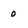
Character: 0